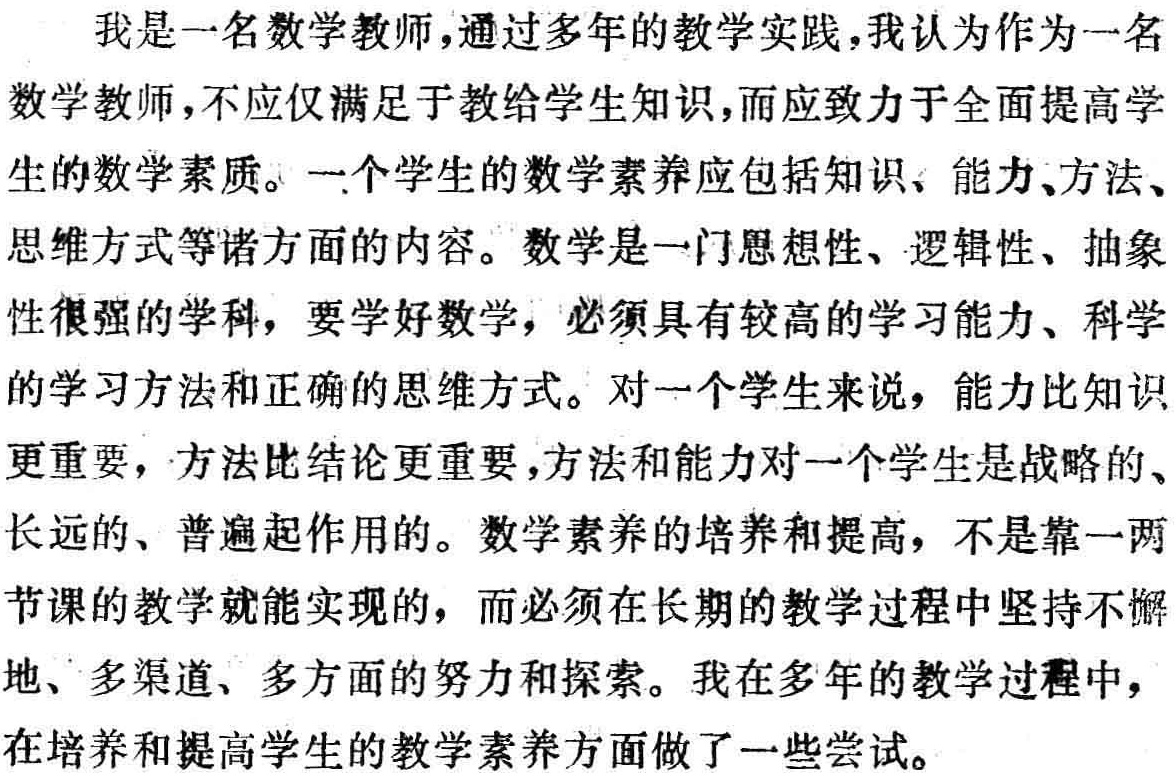
我是一名数学教师，通过多年的教学实践，我认为作为一名数学教师，不应仅满足于教给学生知识，而应致力于全面提高学生的数学素质。一个学生的数学素养应包括知识、能力、方法、思维方式等诸方面的内容。数学是一门思想性、逻辑性、抽象性很强的学科，要学好数学，必须具有较高的学习能力、科学的学习方法和正确的思维方式。对一个学生来说，能力比知识更重要，方法比结论更重要，方法和能力对一个学生是战略的、长远的、普遍起作用的。数学素养的培养和提高，不是靠一两节课的教学就能实现的，而必须在长期的教学过程中坚持不懈地、多渠道、多方面的努力和探索。我在多年的教学过程中，在培养和提高学生的教学素养方面做了一些尝试。